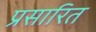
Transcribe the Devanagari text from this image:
प्रसारित